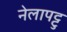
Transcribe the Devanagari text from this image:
नेलापट्टु